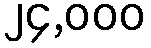
၂၄,၀၀၀